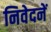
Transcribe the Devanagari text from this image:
निवेदनें